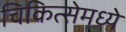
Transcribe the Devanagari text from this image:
चिकित्सेमध्ये